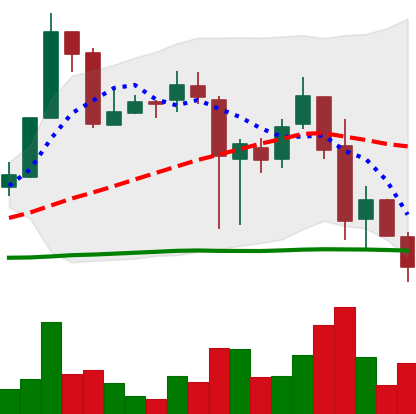
Ticker: XRP-USD
Chart end date: 2018-11-23
Forward return: -4.141%
Label: down_3_5